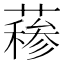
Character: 𬞣